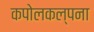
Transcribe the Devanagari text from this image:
कपोलकल्पना